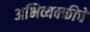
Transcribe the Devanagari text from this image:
अभिव्यक्क्तीचे